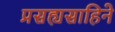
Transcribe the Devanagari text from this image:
प्रसह्यसाहिने